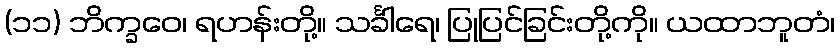
(၁၁) ဘိက္ခဝေ၊ ရဟန်းတို့။ သင်္ခါရေ၊ ပြုပြင်ခြင်းတို့ကို။ ယထာဘူတံ၊